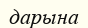
дарына